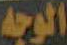
الوجه